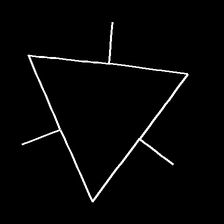
Glyph: fire